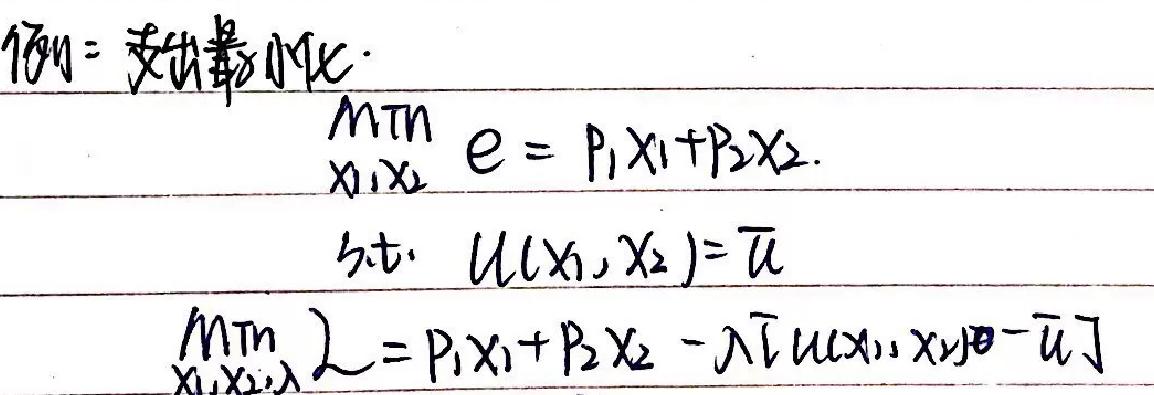
例：支出最小化.
$\underset{x_1,x_2}{\min}e = p_1x_1 + p_2x_2.$
s.t. $u(x_1,x_2)=\bar{u}$
$\underset{x_1,x_2,\lambda}{\min}L = p_1x_1 + p_2x_2-\lambda[u(x_1,x_2)-\bar{u}]$